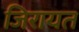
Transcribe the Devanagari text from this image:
जिरायत